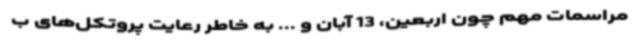
مراسمات مهم چون اربعین، 13 آبان‌ و ... به خاطر رعایت پروتکل‌های ب